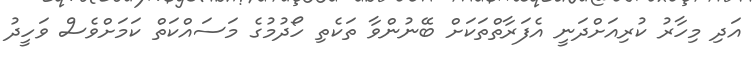
އަދި މިހާރު ކުރިއަށްދަނީ އެފަރާތްތަކަށް ބޭނުންވާ ތަކެތި ހޯދުމުގެ މަސައްކަތް ކަމަށްވެސް ވަހީދު